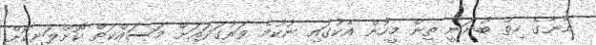
އޭނާގެ ހިތް ބުނަނީ ތިން މީހުން އެކުގައި ނުކުމެ ވަރުގަދައަށް މަސައްކަތް ކޮށްލަނިކޮށް